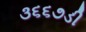
૩૬૬૭ડી